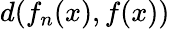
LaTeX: d(f_{n}(x),f(x))